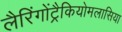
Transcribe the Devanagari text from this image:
लैरिंगोंट्रैकियोमलासिया